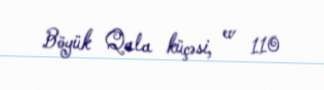
Böyük Qala küçəsi, ev 110